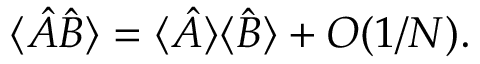
\langle \hat { A } \hat { B } \rangle = \langle \hat { A } \rangle \langle \hat { B } \rangle + O ( 1 / N ) .